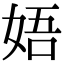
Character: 娪